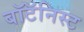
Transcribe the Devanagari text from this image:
बॉटॅनिस्ट